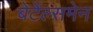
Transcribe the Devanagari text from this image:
बेर्टेल्समेन